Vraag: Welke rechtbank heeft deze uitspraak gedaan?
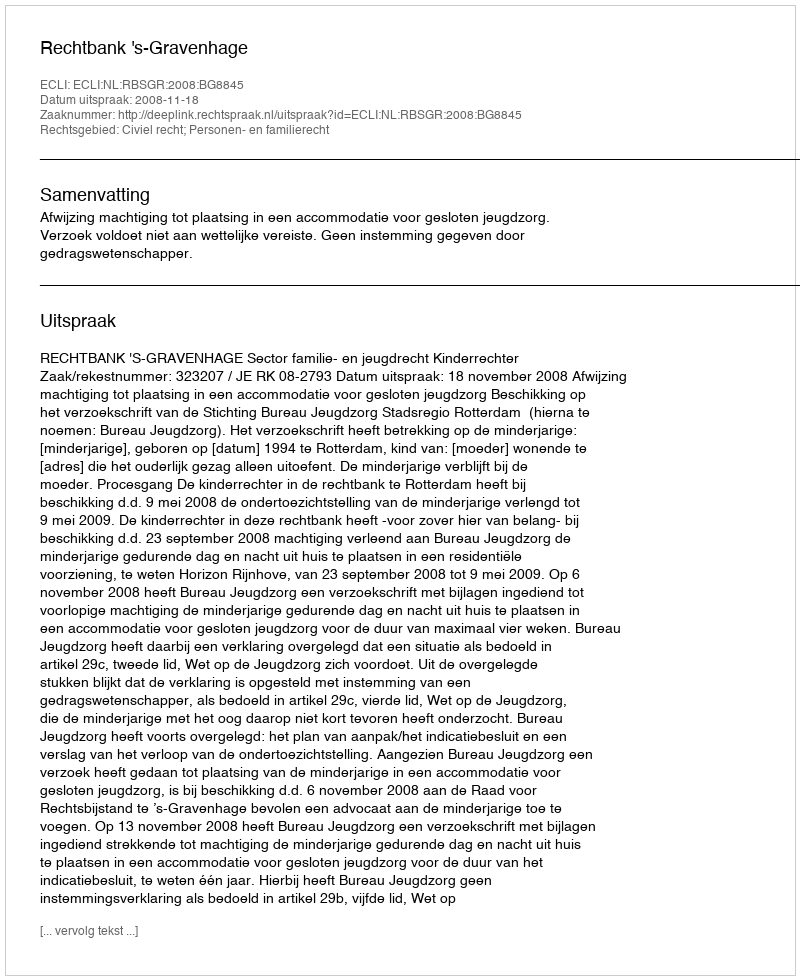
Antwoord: Rechtbank 's-Gravenhage